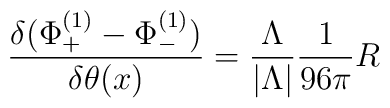
{\delta(\Phi_{+}^{(1)}-\Phi_{-}^{(1)})\over \delta \theta(x)}={\Lambda\over|\Lambda|} {1\over 96\pi}R